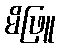
မိဖြူ